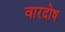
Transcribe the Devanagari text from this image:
वारदोष